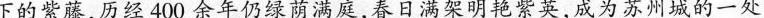
下的紫藤，历经400余年仍绿荫满庭，春日满架明艳紫英，成为苏州城的一处